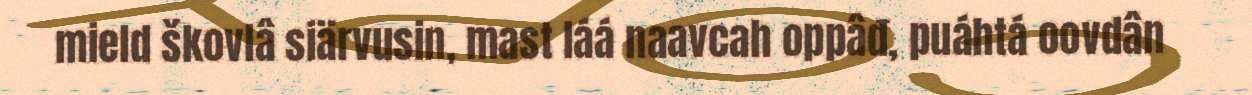
mield škovlâ siärvusin, mast láá naavcah oppâđ, puáhtá oovdân